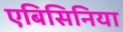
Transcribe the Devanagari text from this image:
एबिसिनिया